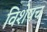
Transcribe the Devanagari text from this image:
विशेषच